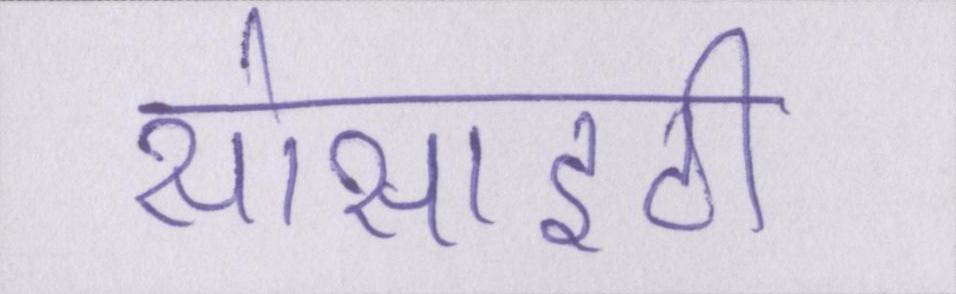
सोसाइटी